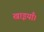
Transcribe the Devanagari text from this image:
खाइयाँ।